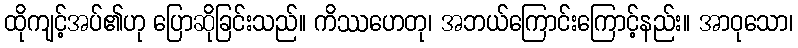
ထိုကျင့်အပ်၏ဟု ပြောဆိုခြင်းသည်။ ကိဿဟေတု၊ အဘယ်ကြောင်းကြောင့်နည်း။ အာဝုသော၊